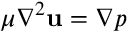
\mu \nabla ^ { 2 } \mathbf { u } = \nabla p